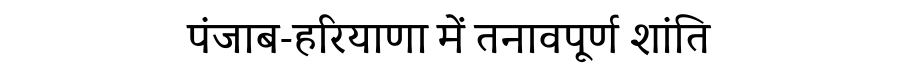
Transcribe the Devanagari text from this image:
पंजाब-हरियाणा में तनावपूर्ण शांति